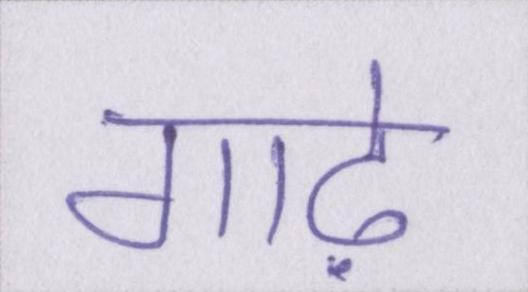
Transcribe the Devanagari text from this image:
गाढ़े